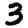
Digit: 3